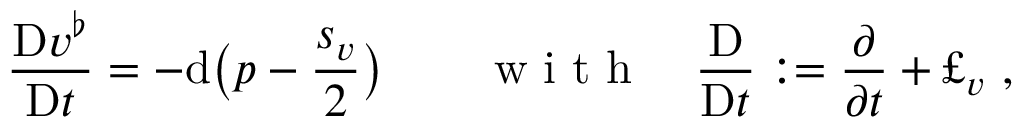
\frac { \mathrm { D } v ^ { \flat } } { \mathrm { D } t } = - \mathrm { d } \bigl ( p - \frac { s _ { v } } { 2 } \bigr ) \qquad \mathrm { ~ w ~ i ~ t ~ h ~ } \quad \frac { \mathrm { D } } { \mathrm { D } t } : = \frac \partial { \partial t } + \pounds _ { v } \ ,